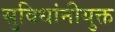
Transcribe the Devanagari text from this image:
सुविधांनीयुक्त